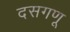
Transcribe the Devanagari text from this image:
दसगणू